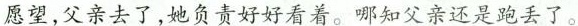
愿望,父亲去了,她负责好好看着。哪知父亲还是跑丢了